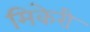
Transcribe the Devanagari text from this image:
मिकेरी